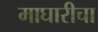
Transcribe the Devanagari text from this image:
माघारीचा